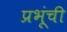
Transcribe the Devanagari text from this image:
प्रभूंची